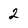
Character: 2